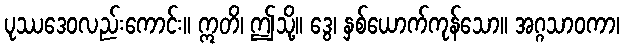
ပုဿဒေဝလည်းကောင်း။ ဣတိ၊ ဤသို့။ ဒွေ၊ နှစ်ယောက်ကုန်သော။ အဂ္ဂသာဝကာ၊